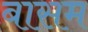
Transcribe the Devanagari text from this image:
बासम